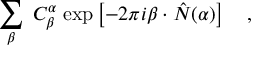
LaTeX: \sum _ { \beta } \; C _ { \beta } ^ { \alpha } \; \mathrm { e x p } \left[ - 2 \pi i \beta \cdot \hat { N } ( \alpha ) \right] \quad ,